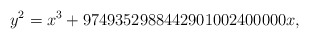
\begin{align*}y^2=x^3+9749352988442901002400000x,\end{align*}